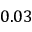
0 . 0 3